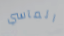
المآسي